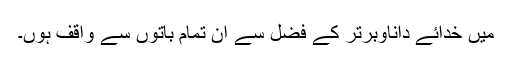
میں خدائے داناوبرتر کے فضل سے ان تمام باتوں سے واقف ہوں۔